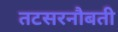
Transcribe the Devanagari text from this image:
तटसरनौबती